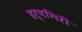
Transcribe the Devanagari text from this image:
हर्षगिरी